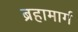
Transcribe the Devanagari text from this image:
ब्रहामार्ग